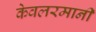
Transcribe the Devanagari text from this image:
केवलरमानी